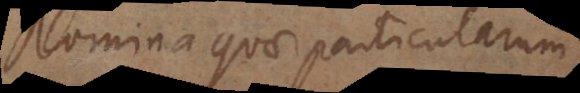
Adverbia quae particularum